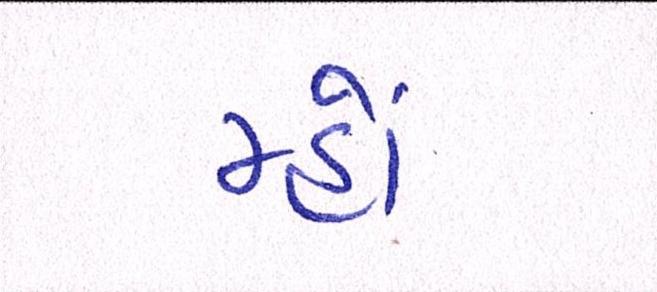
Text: મ્હોં